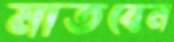
মাতবেন